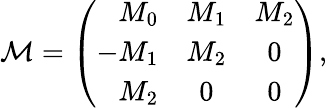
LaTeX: {\cal M}=\left(\begin{array}{rcc}{{M_{0}}}&{{M_{1}}}&{{M_{2}}}\\ {{-M_{1}}}&{{M_{2}}}&{{0}}\\ {{M_{2}}}&{{0}}&{{0}}\end{array}\right),